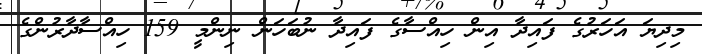
މިދިޔަ އަހަރުގެ ފައިދާ އިން ހިއްސާގެ ފައިދާ ނުބަހަން ނިންމީ 159 ހިއްސާދާރުންގެ